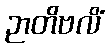
ဉာတိဗလိံ